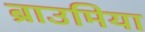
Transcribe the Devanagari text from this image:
ब्राउमिया